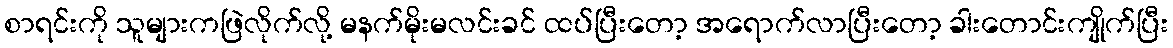
စာရင်းကို သူများကဖြဲလိုက်လို့ မနက်မိုးမလင်းခင် ထပ်ပြီးတော့ အရောက်လာပြီးတော့ ခါးတောင်းကျိုက်ပြီး